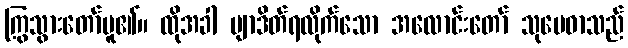
ကြွသွားတော်မူ၏။ ထိုအခါ ဗျာဒိတ်ရလိုက်သော အလောင်းတော် သုမေဓာသည်